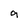
Character: 9